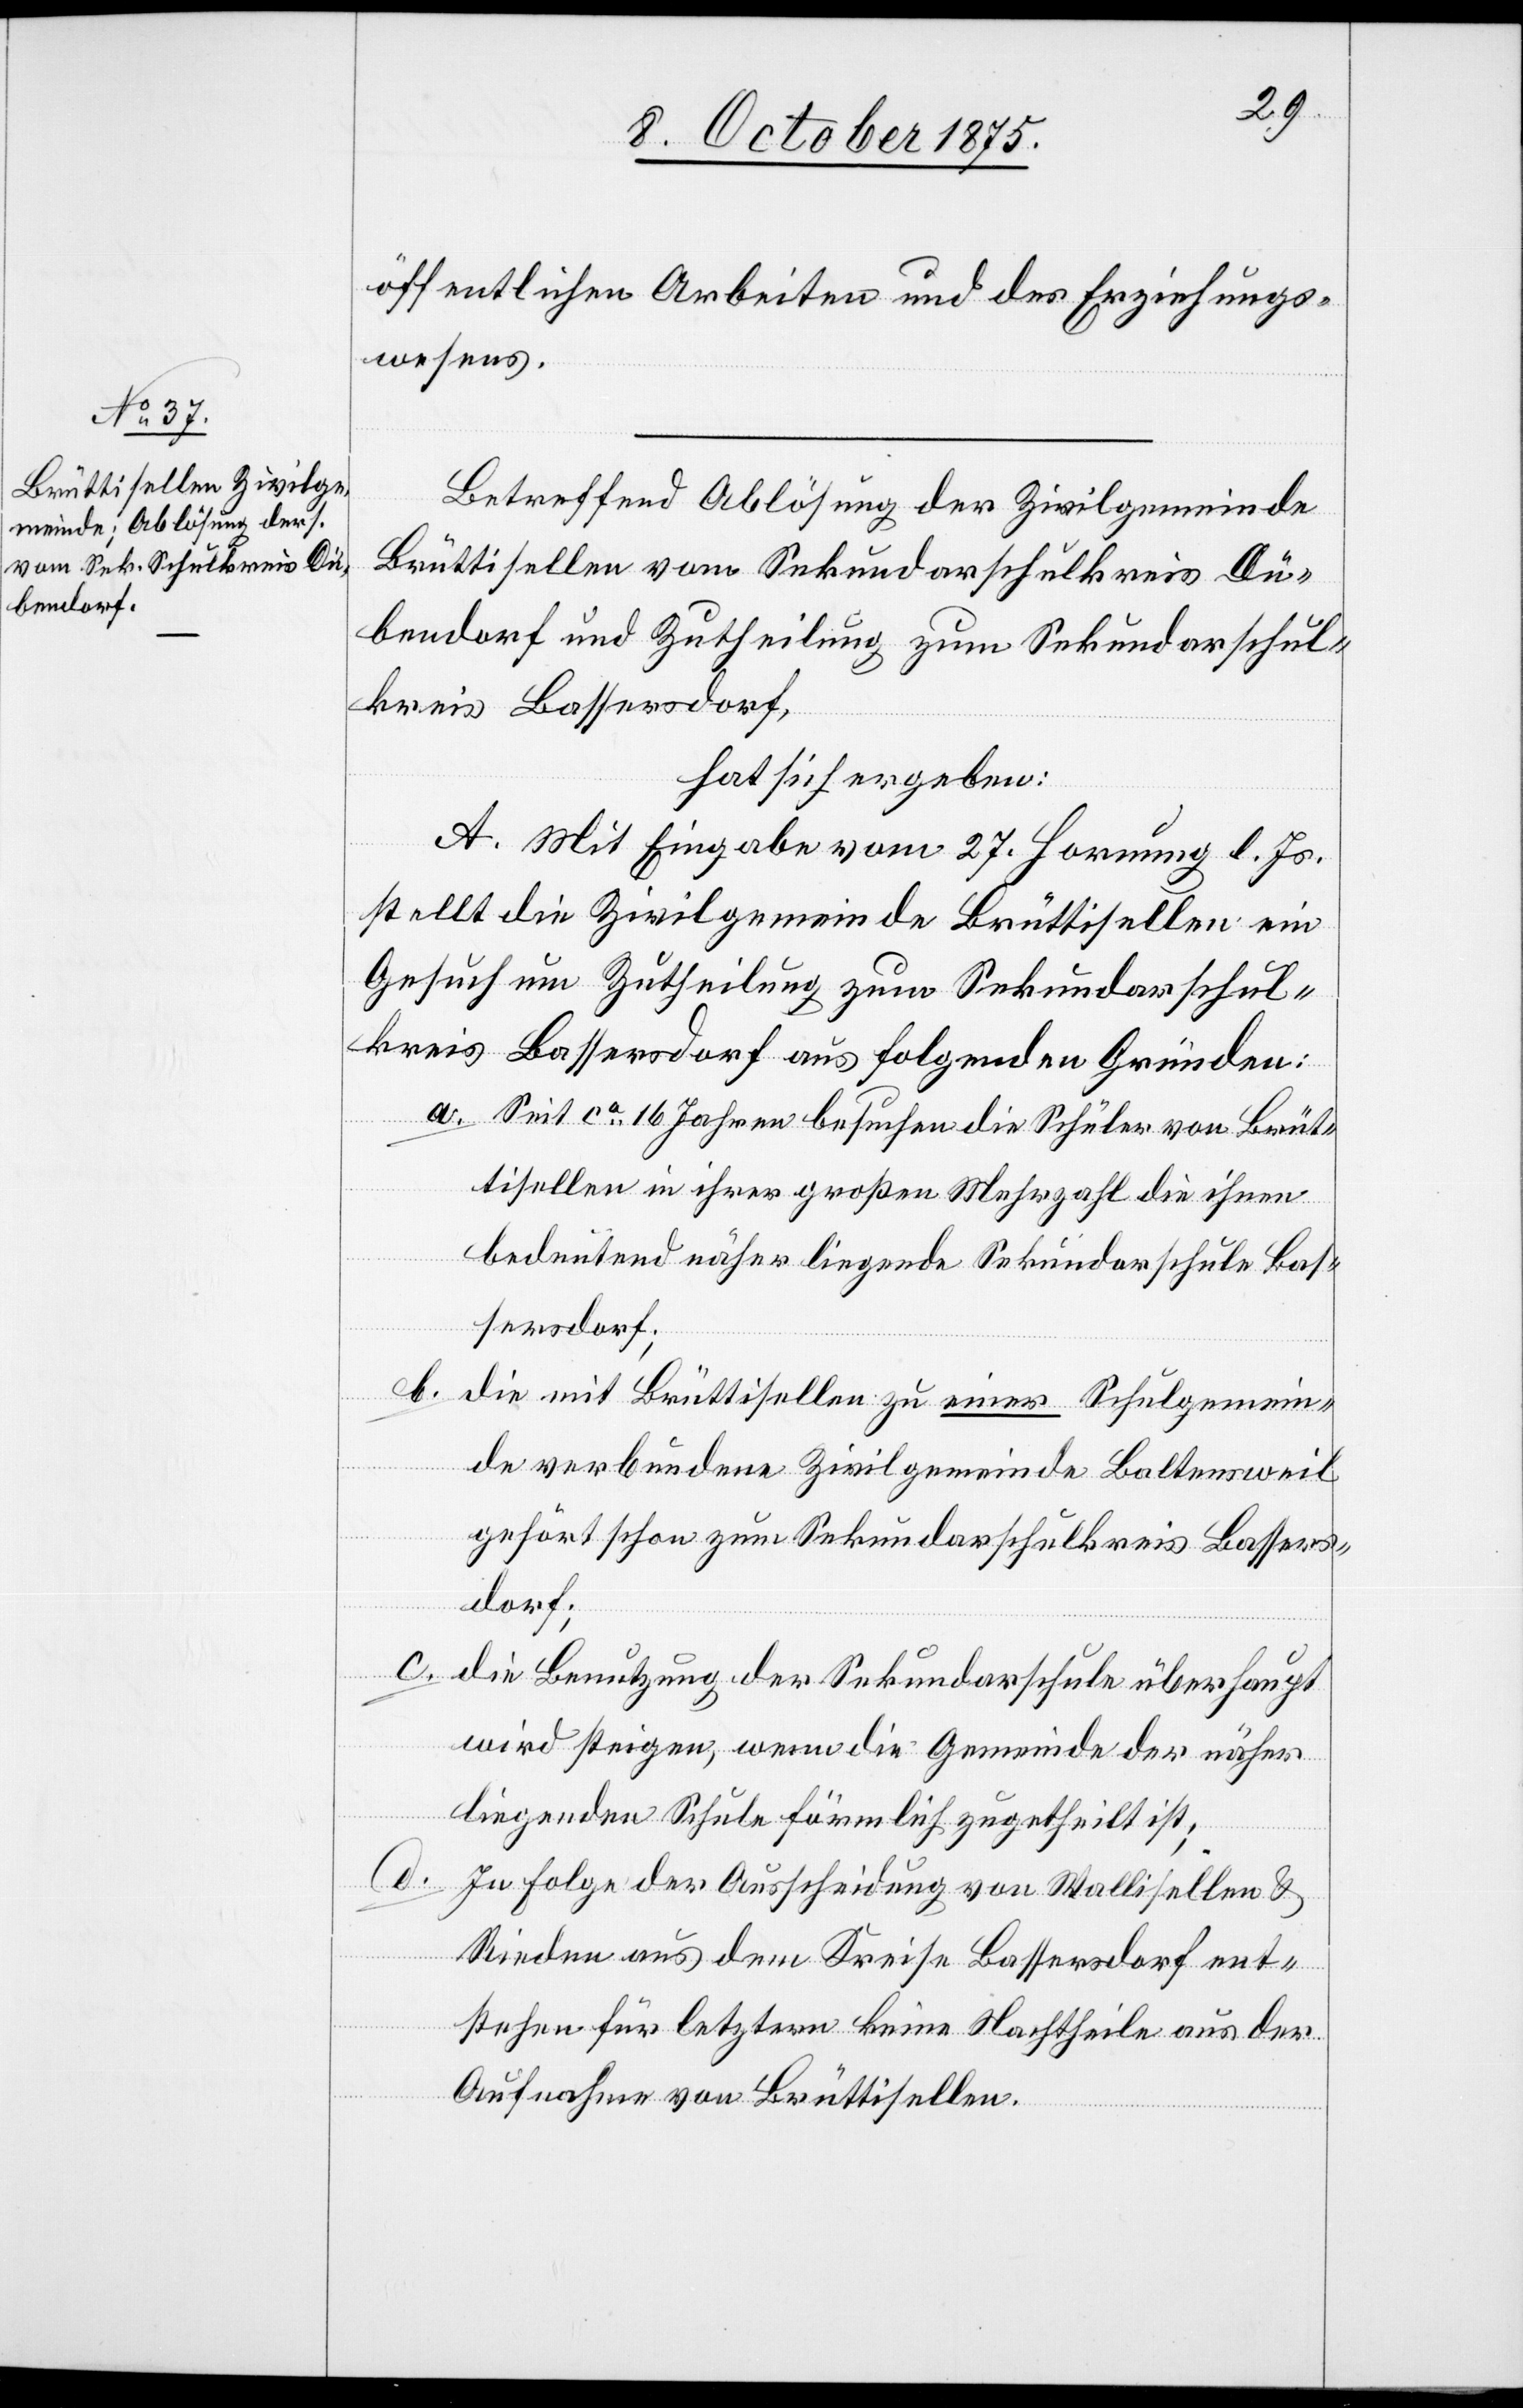
öffentlichen Arbeiten und des Erziehungs¬
wesens.
Betreffend Ablösung der Zivilgemeinde
Brüttisellen vom Sekundarschulkreis Dü¬
bendorf und Zutheilung zum Sekundarschul¬
kreis Bassersdorf,
hat sich ergeben:
A. Mit Eingabe vom 27. Hornung l. Js.
stellt die Zivilgemeinde Brüttisellen ein
Gesuch um Zutheilung zum Sekundarschul¬
kreis Bassersdorf aus folgenden Gründen:
a. Seit ca 16 Jahren besuchen die Schüler von Brüt¬
tisellen in ihrer großen Mehrzahl die ihnen
bedeutend näher liegende Sekundaschule Bas¬
sersdorf;
b. die mit Brüttisellen zu einer Schulgemein¬
de verbundene Zivilgemeinde Baltensweil
gehört schon zum Sekundarschulkreis Bassers¬
dorf;
c. die Benutzung der Sekundaschule überhaupt
wird steigen, wenn die Gemeinde der näher
liegenden Schule förmlich zugetheilt ist;
d. In Folge der Ausscheidung von Wallisellen &
Rieden aus dem Kreise Bassersdorf ent¬
stehen für letztern keine Nachtheile aus der
Aufnahme von Brüttisellen.